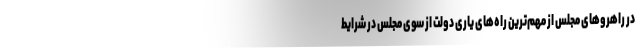
در راهروهای مجلس از مهم‌ترین راه‌های یاری دولت از سوی مجلس در شرایط